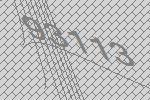
93113